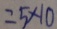
= 5 \times 1 0